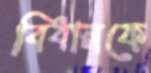
বিধানকে